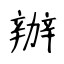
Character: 辦